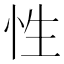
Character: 性